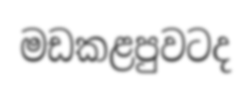
මඩකළපුවටද